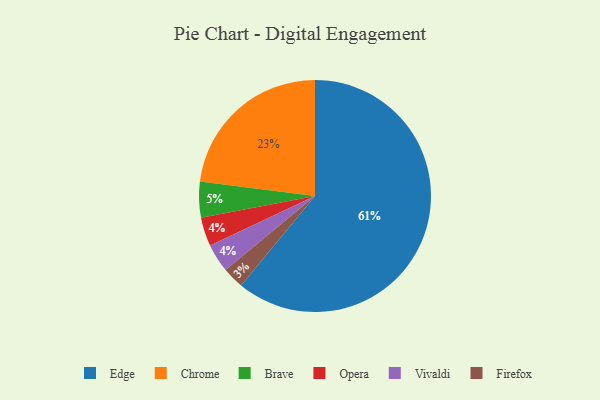
{"axis": {"x": "Category", "y": "Percentage"}, "legend": ["Brave", "Chrome", "Edge", "Firefox", "Opera", "Vivaldi"], "data": [{"x": "Edge", "y": 61, "type": "Edge"}, {"x": "Chrome", "y": 23, "type": "Chrome"}, {"x": "Firefox", "y": 3, "type": "Firefox"}, {"x": "Opera", "y": 4, "type": "Opera"}, {"x": "Vivaldi", "y": 4, "type": "Vivaldi"}, {"x": "Brave", "y": 5, "type": "Brave"}]}